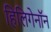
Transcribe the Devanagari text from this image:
हिलिगेनॉन